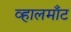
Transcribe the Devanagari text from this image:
व्हालमाँट